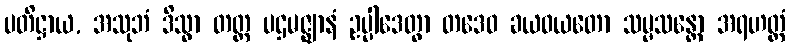
ပတိဋ္ဌာယ, အသုဘံ ဒိသွာ တတ္ထ ပဌမဇ္ဈာနံ ဥပ္ပါဒေတွာ တဒေဝ ခယဝယတော သမ္မသန္တော အရဟတ္တံ